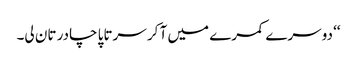
‘‘ دوسرے کمرے میں آ کر سرتاپا چادر تان لی۔